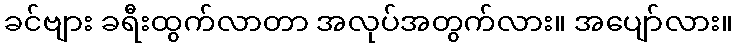
ခင်ဗျား ခရီးထွက်လာတာ အလုပ်အတွက်လား။ အပျော်လား။